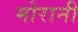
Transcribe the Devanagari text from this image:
मोरानी